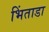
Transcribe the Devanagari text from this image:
भिंताडा